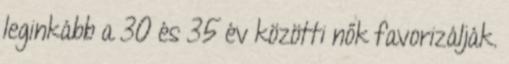
leginkább a 30 és 35 év közötti nők favorizálják.